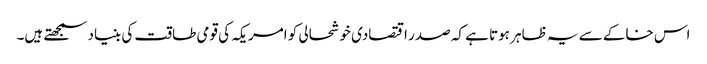
اس خاکے سے یہ ظاہر ہوتا ہے کہ صدر اقتصادی خوشحالی کو امریکہ کی قومی طاقت کی بنیاد سمجھتے ہیں۔